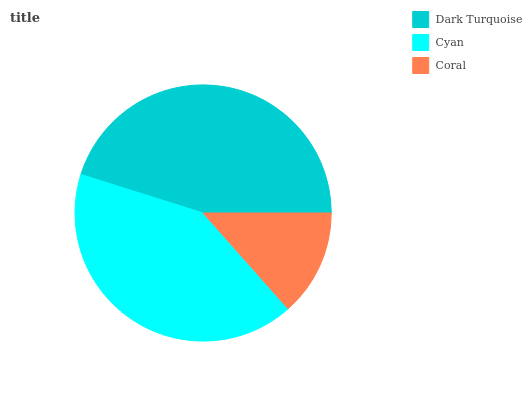
| Dark Turquoise | Cyan | Coral |
 | --- | --- | --- |
 | 45.2% | 41.4% | 13.4% |